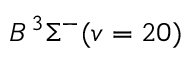
B \, { } ^ { 3 } \Sigma ^ { - } ( v = 2 0 )